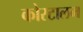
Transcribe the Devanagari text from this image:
कोरटालम